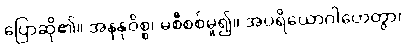
ပြောဆို၏။ အနနုဝိစ္စ၊ မစီစစ်မူ၍။ အပရိယောဂါဟေတွာ၊